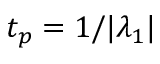
t _ { p } = 1 / | \lambda _ { 1 } |